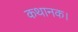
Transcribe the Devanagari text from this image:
कथानक।